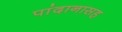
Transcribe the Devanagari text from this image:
पांदानासह